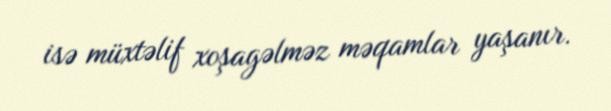
isə müxtəlif xoşagəlməz məqamlar yaşanır.